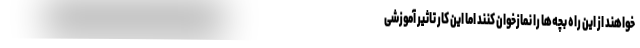
‌خواهند از این راه بچه‌ها را نمازخوان کنند اما این کار تاثیر آموزشی